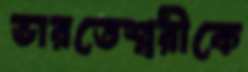
ভারতেশ্বরীকে